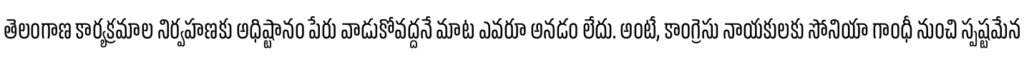
తెలంగాణ కార్యక్రమాల నిర్వహణకు అధిష్టానం పేరు వాడుకోవద్దనే మాట ఎవరూ అనడం లేదు. అంటే, కాంగ్రెసు నాయకులకు సోనియా గాంధీ నుంచి స్పష్టమేన